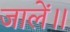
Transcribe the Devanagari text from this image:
जालें॥